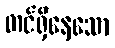
တင်ရှိနေသော